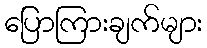
ပြောကြားချက်များ